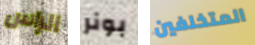
الراس بونر المتخلفين